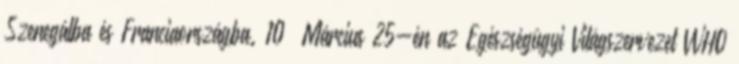
Szenegálba és Franciaországba. 10 Március 25-én az Egészségügyi Világszervezet WHO